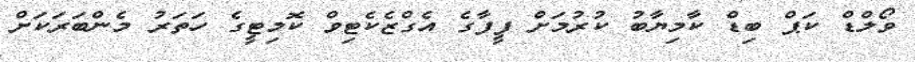
ވޯލްޑް ކަޕް ބިޑް ކާމިޔާބު ކުރުމަށް ފީފާގެ އެގްޒެކެޓިވް ކޮމިޓީގެ ހަތަރު މެންބަރަކަށް